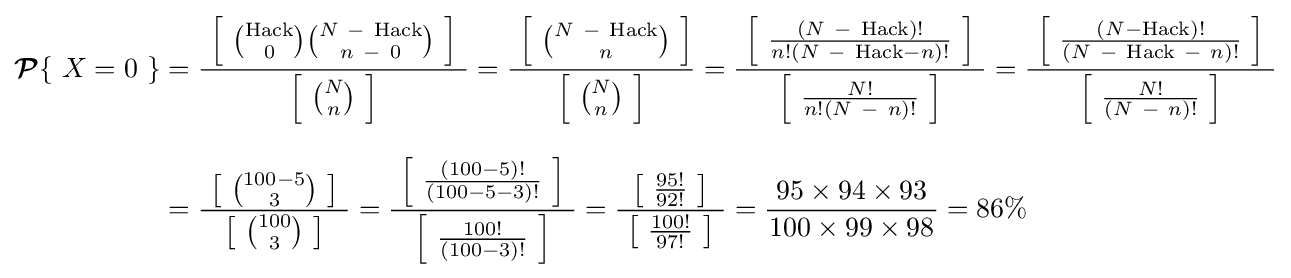
{\begin{aligned}\operatorname {\boldsymbol {\mathcal {P}}} \{\ X=0\ \}&={\frac {\ \left[\ {\binom {\text{Hack}}{0}}{\binom {N\ -\ {\text{Hack}}}{n\ -\ 0}}\ \right]\ }{\left[\ {\binom {N}{n}}\ \right]}}={\frac {\ \left[\ {\binom {N\ -\ {\text{Hack}}}{n}}\ \right]}{\ \left[\ {\binom {N}{n}}\ \right]\ }}={\frac {\ \left[\ {\frac {\ (N\ -\ {\text{Hack}})!\ }{n!(N\ -\ {\text{Hack}}-n)!}}\ \right]\ }{\left[\ {\frac {N!}{n!(N\ -\ n)!}}\ \right]}}={\frac {\ \left[\ {\frac {(N-{\text{Hack}})!}{(N\ -\ {\text{Hack}}\ -\ n)!}}\ \right]\ }{\left[\ {\frac {N!}{(N\ -\ n)!}}\ \right]}}\\[8pt]&={\frac {\ \left[\ {\binom {100-5}{3}}\ \right]\ }{\ \left[\ {\binom {100}{3}}\ \right]\ }}={\frac {\ \left[\ {\frac {(100-5)!}{(100-5-3)!}}\ \right]\ }{\left[\ {\frac {100!}{(100-3)!}}\ \right]}}={\frac {\ \left[\ {\frac {95!}{92!}}\ \right]\ }{\ \left[\ {\frac {100!}{97!}}\ \right]\ }}={\frac {\ 95\times 94\times 93\ }{100\times 99\times 98}}=86\%\end{aligned}}